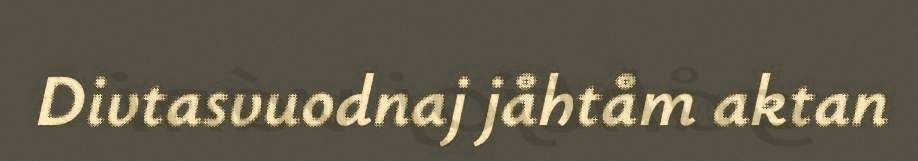
Divtasvuodnaj jåhtåm aktan